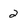
Character: 2